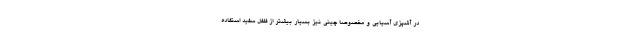
در آشپزی آسیایی و مخصوصا چینی نیز بسیار بیشتر از فلفل سفید استفاده